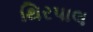
થિરપાલ